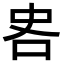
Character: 𪠷